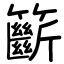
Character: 籪